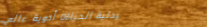
صيدلية الحياة: أدوية عالي